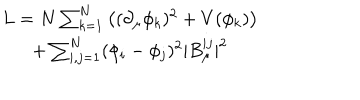
\begin{matrix} { { L = N \sum _ { k = 1 } ^ { N } \left( ( \partial _ { \mu } \phi _ { k } ) ^ { 2 } + V ( \phi _ { k } ) \right) } } \\ { { + \sum _ { i , j = 1 } ^ { N } ( \phi _ { i } - \phi _ { j } ) ^ { 2 } | B _ { \mu } ^ { i j } | ^ { 2 } } } \\ \end{matrix}